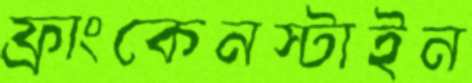
ফ্রাংকেনস্টাইন